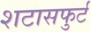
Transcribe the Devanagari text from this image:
शटासफुर्ट